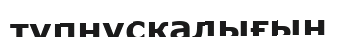
түпнұсқалығын